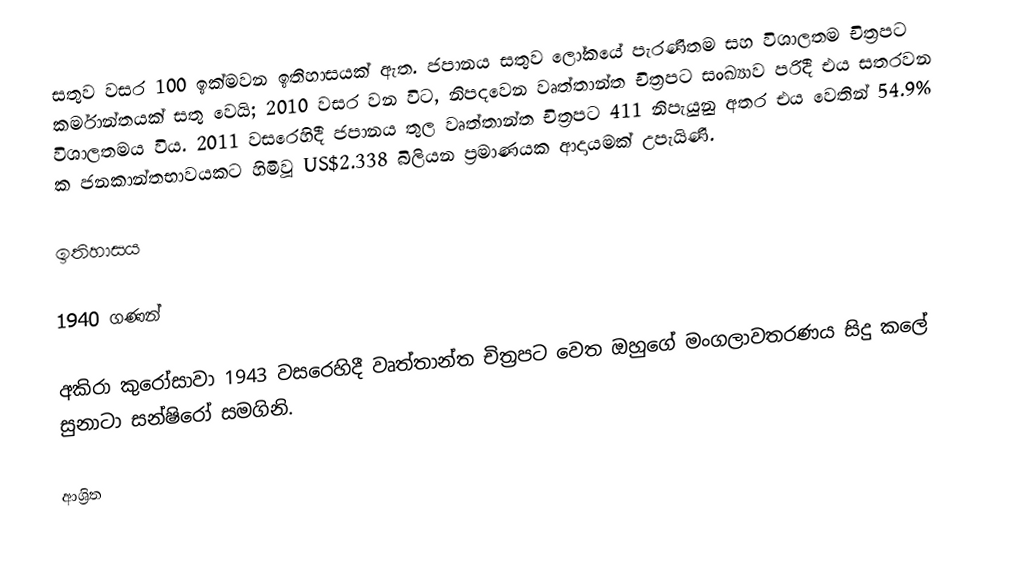
සතුව වසර  100 ඉක්මවන ඉතිහාසයක් ඇත. ජපානය සතුව ලෝකයේ පැරණිතම සහ විශාලතම චිත්‍රපට කර්මාන්තයක් සතු වෙයි; 2010 වසර වන විට, නිපදවෙන වෘත්තාන්ත චිත්‍රපට සංඛ්‍යාව පරිදී එය සතරවන විශාලතමය විය.  2011 වසරෙහිදී ජපානය තුල  වෘත්තාන්ත චිත්‍රපට 411 නිපැයුනු අතර එය වෙතින්  54.9% ක ජනකාන්තභාවයකට හිමිවූ  US$2.338 බිලියන ප්‍රමාණයක ආදායමක් උපැයිණි.

ඉතිහාසය

1940 ගණන්

අකිරා කුරෝසාවා 1943 වසරෙහිදී වෘත්තාන්ත චිත්‍රපට වෙත ඔහුගේ මංගලාවතරණය සිදු කලේ  සුනාටා සන්ෂිරෝ සමගිනි.

ආශ්‍රිත